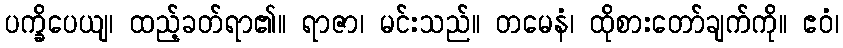
ပက္ခိပေယျ၊ ထည့်ခတ်ရာ၏။ ရာဇာ၊ မင်းသည်။ တမေနံ၊ ထိုစားတော်ချက်ကို။ ဧဝံ၊